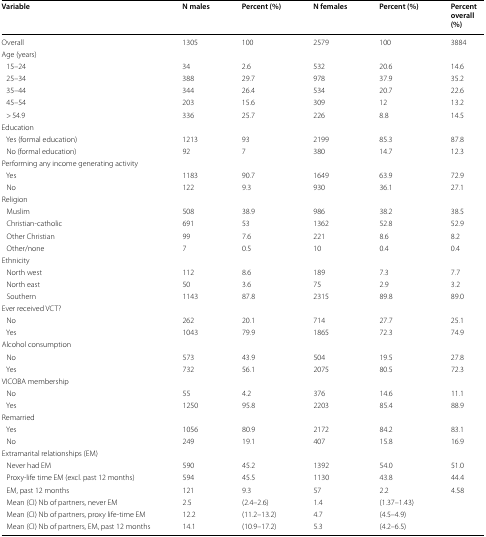
<table><thead><tr><td><b>Variable</b></td><td><b>N males</b></td><td><b>Percent (%)</b></td><td><b>N females</b></td><td><b>Percent (%)</b></td><td><b>Percent overall (%)</b></td></tr></thead><tbody><tr><td>Overall</td><td>1305</td><td>100</td><td>2579</td><td>100</td><td>3884</td></tr><tr><td colspan="6">Age (years)</td></tr><tr><td> 15–24</td><td>34</td><td>2.6</td><td>532</td><td>20.6</td><td>14.6</td></tr><tr><td> 25–34</td><td>388</td><td>29.7</td><td>978</td><td>37.9</td><td>35.2</td></tr><tr><td> 35–44</td><td>344</td><td>26.4</td><td>534</td><td>20.7</td><td>22.6</td></tr><tr><td> 45–54</td><td>203</td><td>15.6</td><td>309</td><td>12</td><td>13.2</td></tr><tr><td> &gt; 54.9</td><td>336</td><td>25.7</td><td>226</td><td>8.8</td><td>14.5</td></tr><tr><td colspan="6">Education</td></tr><tr><td> Yes (formal education)</td><td>1213</td><td>93</td><td>2199</td><td>85.3</td><td>87.8</td></tr><tr><td> No (formal education)</td><td>92</td><td>7</td><td>380</td><td>14.7</td><td>12.3</td></tr><tr><td colspan="6">Performing any income generating activity</td></tr><tr><td> Yes</td><td>1183</td><td>90.7</td><td>1649</td><td>63.9</td><td>72.9</td></tr><tr><td> No</td><td>122</td><td>9.3</td><td>930</td><td>36.1</td><td>27.1</td></tr><tr><td colspan="6">Religion</td></tr><tr><td> Muslim</td><td>508</td><td>38.9</td><td>986</td><td>38.2</td><td>38.5</td></tr><tr><td> Christian-catholic</td><td>691</td><td>53</td><td>1362</td><td>52.8</td><td>52.9</td></tr><tr><td> Other Christian</td><td>99</td><td>7.6</td><td>221</td><td>8.6</td><td>8.2</td></tr><tr><td> Other/none</td><td>7</td><td>0.5</td><td>10</td><td>0.4</td><td>0.4</td></tr><tr><td colspan="6">Ethnicity</td></tr><tr><td> North west</td><td>112</td><td>8.6</td><td>189</td><td>7.3</td><td>7.7</td></tr><tr><td> North east</td><td>50</td><td>3.6</td><td>75</td><td>2.9</td><td>3.2</td></tr><tr><td> Southern</td><td>1143</td><td>87.8</td><td>2315</td><td>89.8</td><td>89.0</td></tr><tr><td colspan="6">Ever received VCT?</td></tr><tr><td> No</td><td>262</td><td>20.1</td><td>714</td><td>27.7</td><td>25.1</td></tr><tr><td> Yes</td><td>1043</td><td>79.9</td><td>1865</td><td>72.3</td><td>74.9</td></tr><tr><td colspan="6">Alcohol consumption</td></tr><tr><td> No</td><td>573</td><td>43.9</td><td>504</td><td>19.5</td><td>27.8</td></tr><tr><td> Yes</td><td>732</td><td>56.1</td><td>2075</td><td>80.5</td><td>72.3</td></tr><tr><td colspan="6">VICOBA membership</td></tr><tr><td> No</td><td>55</td><td>4.2</td><td>376</td><td>14.6</td><td>11.1</td></tr><tr><td> Yes</td><td>1250</td><td>95.8</td><td>2203</td><td>85.4</td><td>88.9</td></tr><tr><td colspan="6">Remarried</td></tr><tr><td> Yes</td><td>1056</td><td>80.9</td><td>2172</td><td>84.2</td><td>83.1</td></tr><tr><td> No</td><td>249</td><td>19.1</td><td>407</td><td>15.8</td><td>16.9</td></tr><tr><td colspan="6">Extramarital relationships (EM)</td></tr><tr><td> Never had EM</td><td>590</td><td>45.2</td><td>1392</td><td>54.0</td><td>51.0</td></tr><tr><td> Proxy-life time EM (excl. past 12 months)</td><td>594</td><td>45.5</td><td>1130</td><td>43.8</td><td>44.4</td></tr><tr><td> EM, past 12 months</td><td>121</td><td>9.3</td><td>57</td><td>2.2</td><td>4.58</td></tr><tr><td> Mean (CI) Nb of partners, never EM</td><td>2.5</td><td>(2.4–2.6)</td><td>1.4</td><td>(1.37–1.43)</td><td></td></tr><tr><td> Mean (CI) Nb of partners, proxy life-time EM</td><td>12.2</td><td>(11.2–13.2)</td><td>4.7</td><td>(4.5–4.9)</td><td></td></tr><tr><td> Mean (CI) Nb of partners, EM, past 12 months</td><td>14.1</td><td>(10.9–17.2)</td><td>5.3</td><td>(4.2–6.5)</td><td></td></tr></tbody></table>